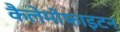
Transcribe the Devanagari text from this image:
कैलेमोफाइटन